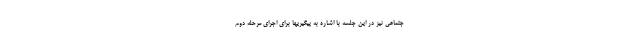
جتماعی نیز در این جلسه با اشاره به پیگیریها برای اجرای مرحله دوم